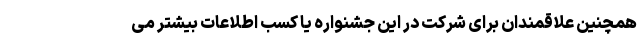
همچنین علاقمندان برای شرکت در این جشنواره یا کسب اطلاعات بیشتر می